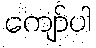
ကျော်ပါ